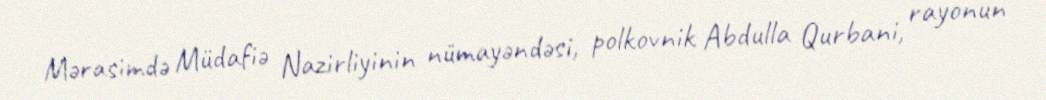
Mərasimdə Müdafiə Nazirliyinin nümayəndəsi, polkovnik Abdulla Qurbani, rayonun